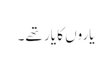
یاروں کا یار تھے۔